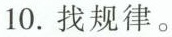
10.找规律。